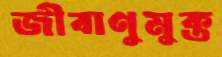
জীবাণুমুক্ত